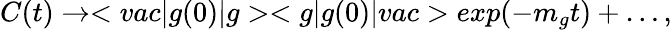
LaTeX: C(t)\rightarrow<vac|g(0)|g><g|g(0)|vac>exp(-m_{g}t)+\ldots,